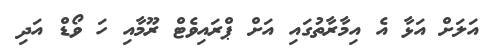
އަލަށް އަޅާ އެ އިމާރާތުގައި އަށް ޕްރައިވެޓް ރޫމާއި ހަ ވޯޑް އަދި